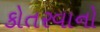
કોતરવાનો